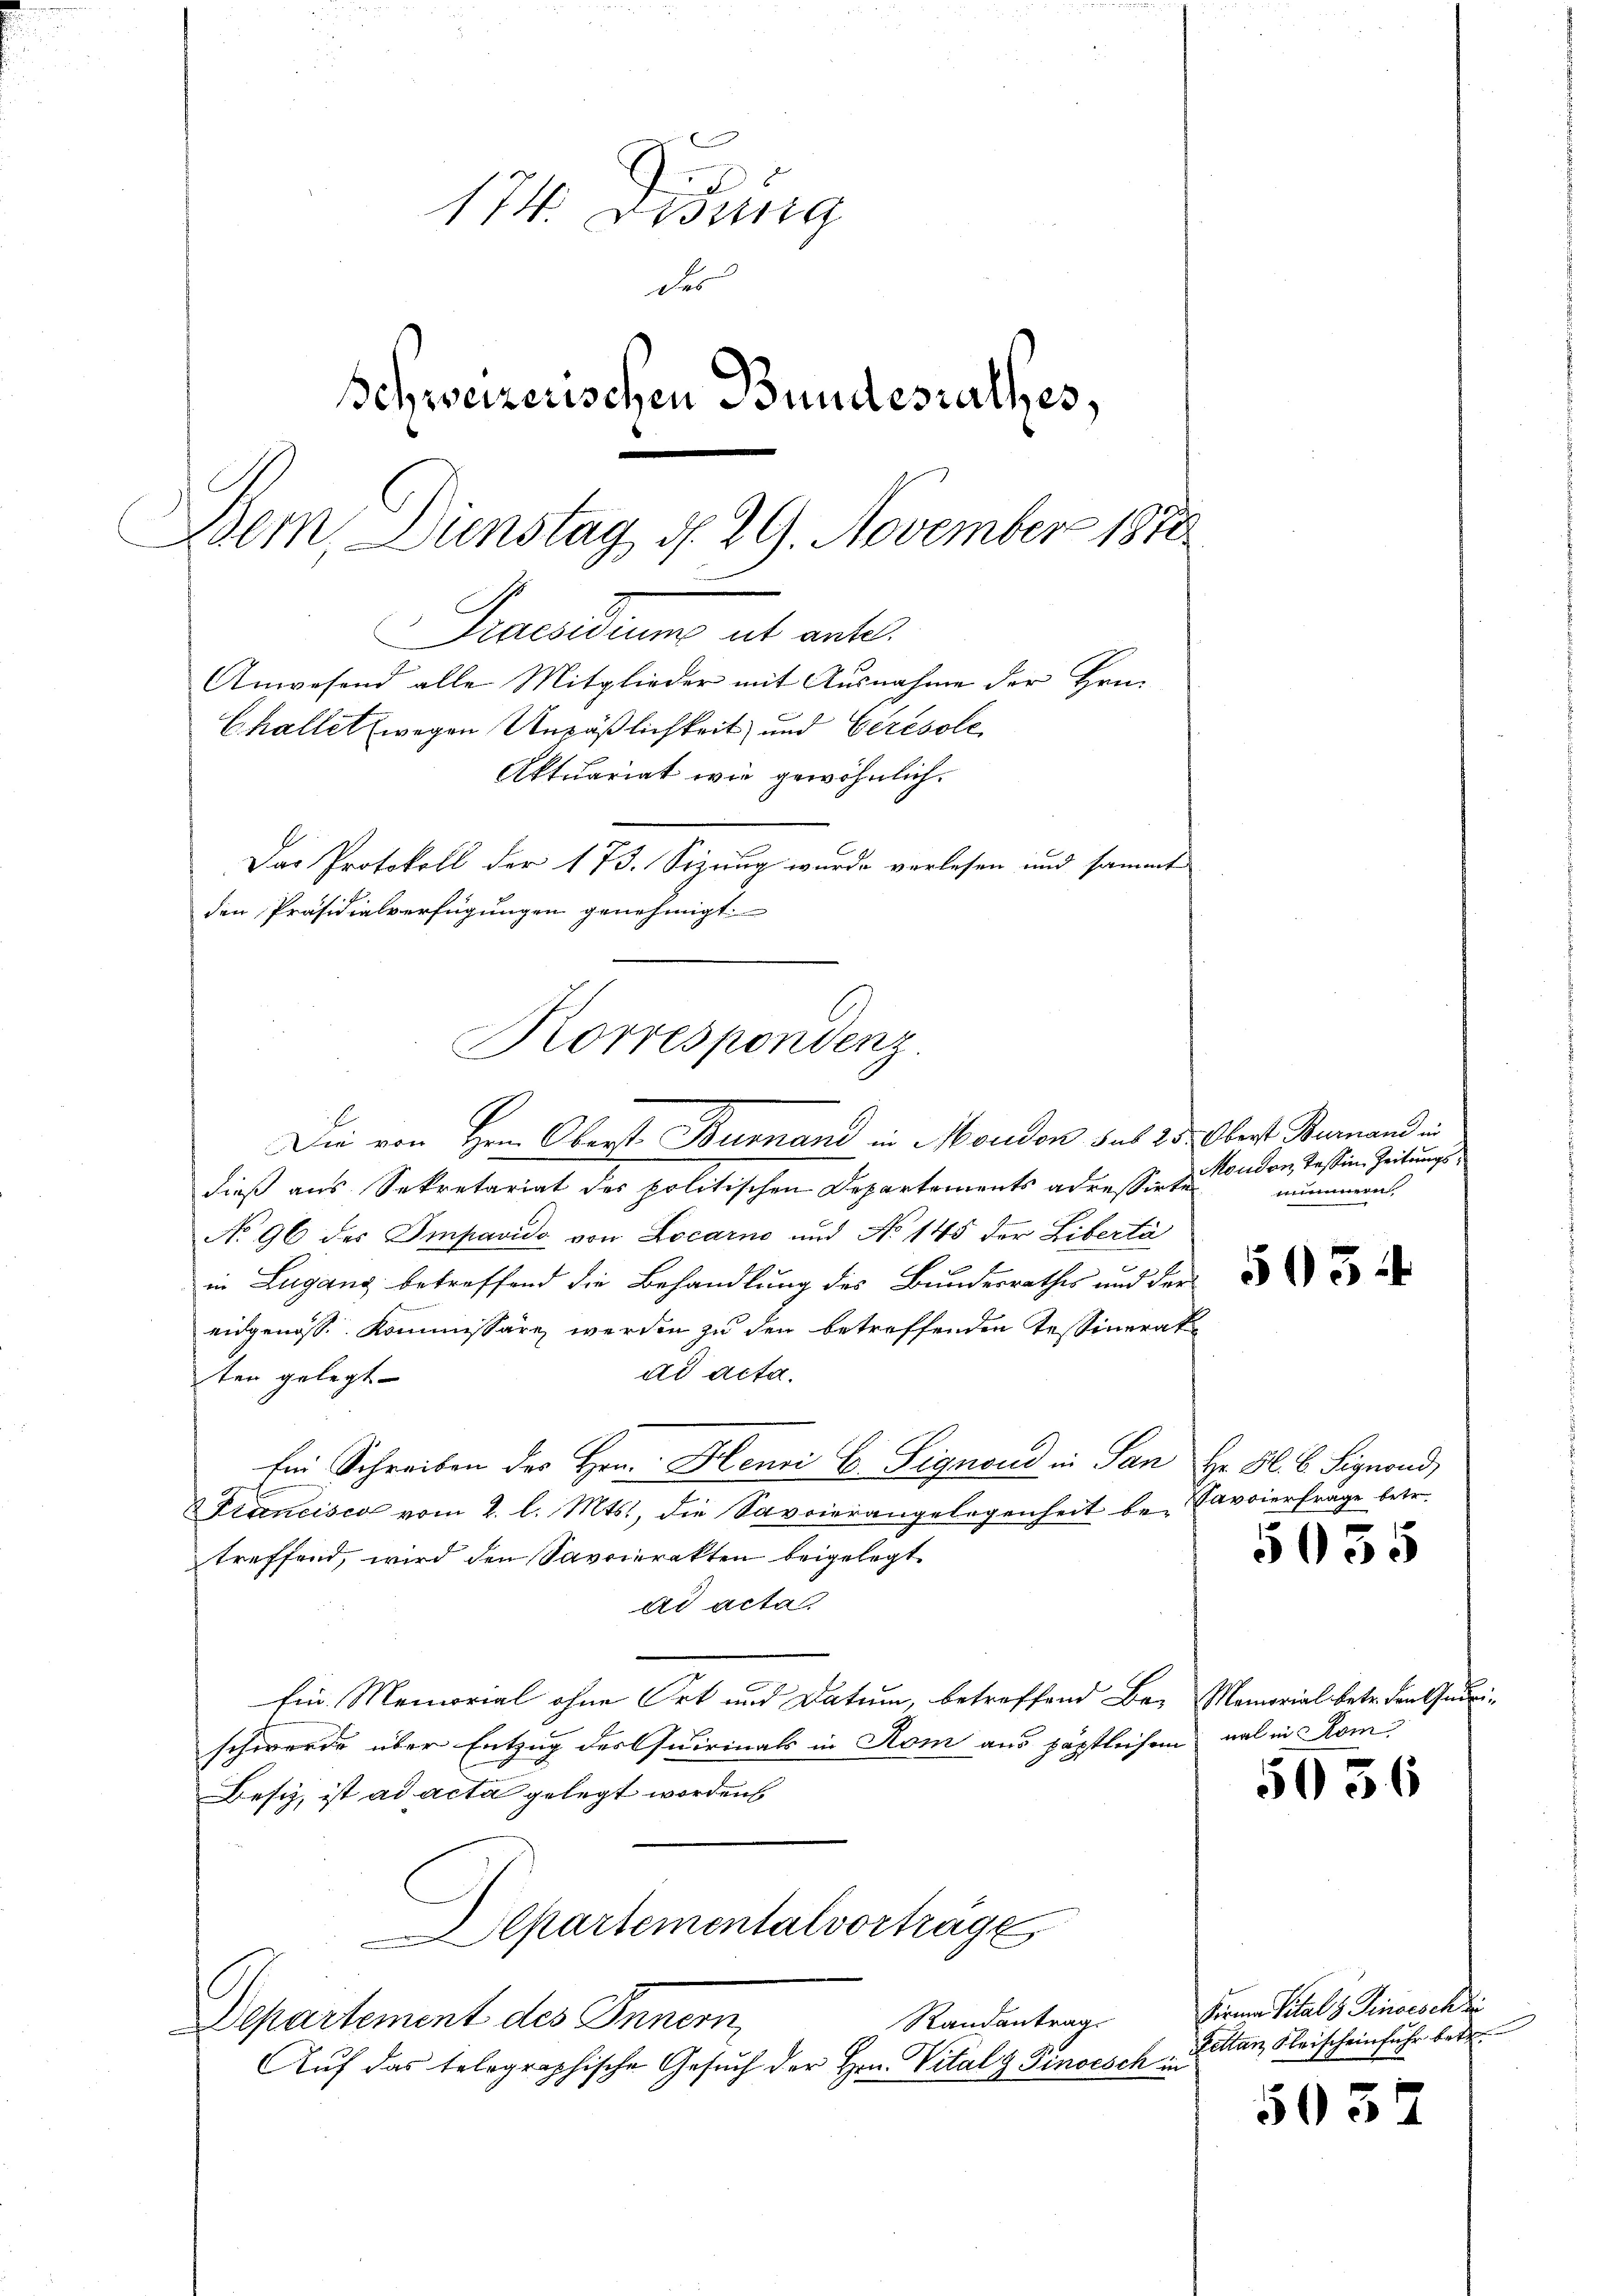
174. Ordung
des
Schweizerischen Bundesrathes,
Bern, Dienstag d. 29. November 1878
.
Praesidium ut ante.
Anwesend alle Mitglieder mit Ausnahme der Hrn.
Challet wegen Unpäßlichkeit und Ceresole
Aktuariat wie gewöhnlich.
Das Protokoll der 173. Sizung wurde verlesen und sammte
den Präsidialverfügungen genehmigt.

Korrespondenz

Die von Hrn. Oberst Bumand in Moudon sub 23. Oberst Bernand in
dieß aus Sekretariat der politischen Departements adressirte
No 96 des Impavido von Locarno und No 145 der Liberta
in Lugang betreffend die Behandlung des Bundesrathes und der
eidgenoss. Kommissären werden zu den betreffenden Tessinerat
ad acta.
ten gelegt
Ein Schreiben des Hrn. Henri C. Signond in San Hr. Fl. 6. Signond,
Francisco vom 2. l. Mts., die Savoierangelegenheit be- Savoierfrage betr.
treffend, wird den Savriarakten beigelegt.
ad acta
Ein Memorial ohne Ort und Datum, betreffend Be- Memorial betr. den Andrinschwerde über Entzug des Quirinals in Rom aus päpstlichen
Besiz, ist ad acta gelegt worden
Departementalvorträge
Randantrag.
Departement des Innern,
Auf das telegraphische Gesuch der Hrn. Vitalg Pinsesch in

Monden Tessin. Zeitungsmimmern

5054

1

5055

nal in Rom

5036

Fernen Vitals Zinsesch di
Pettan Fleischeinfuhr betr.

5035